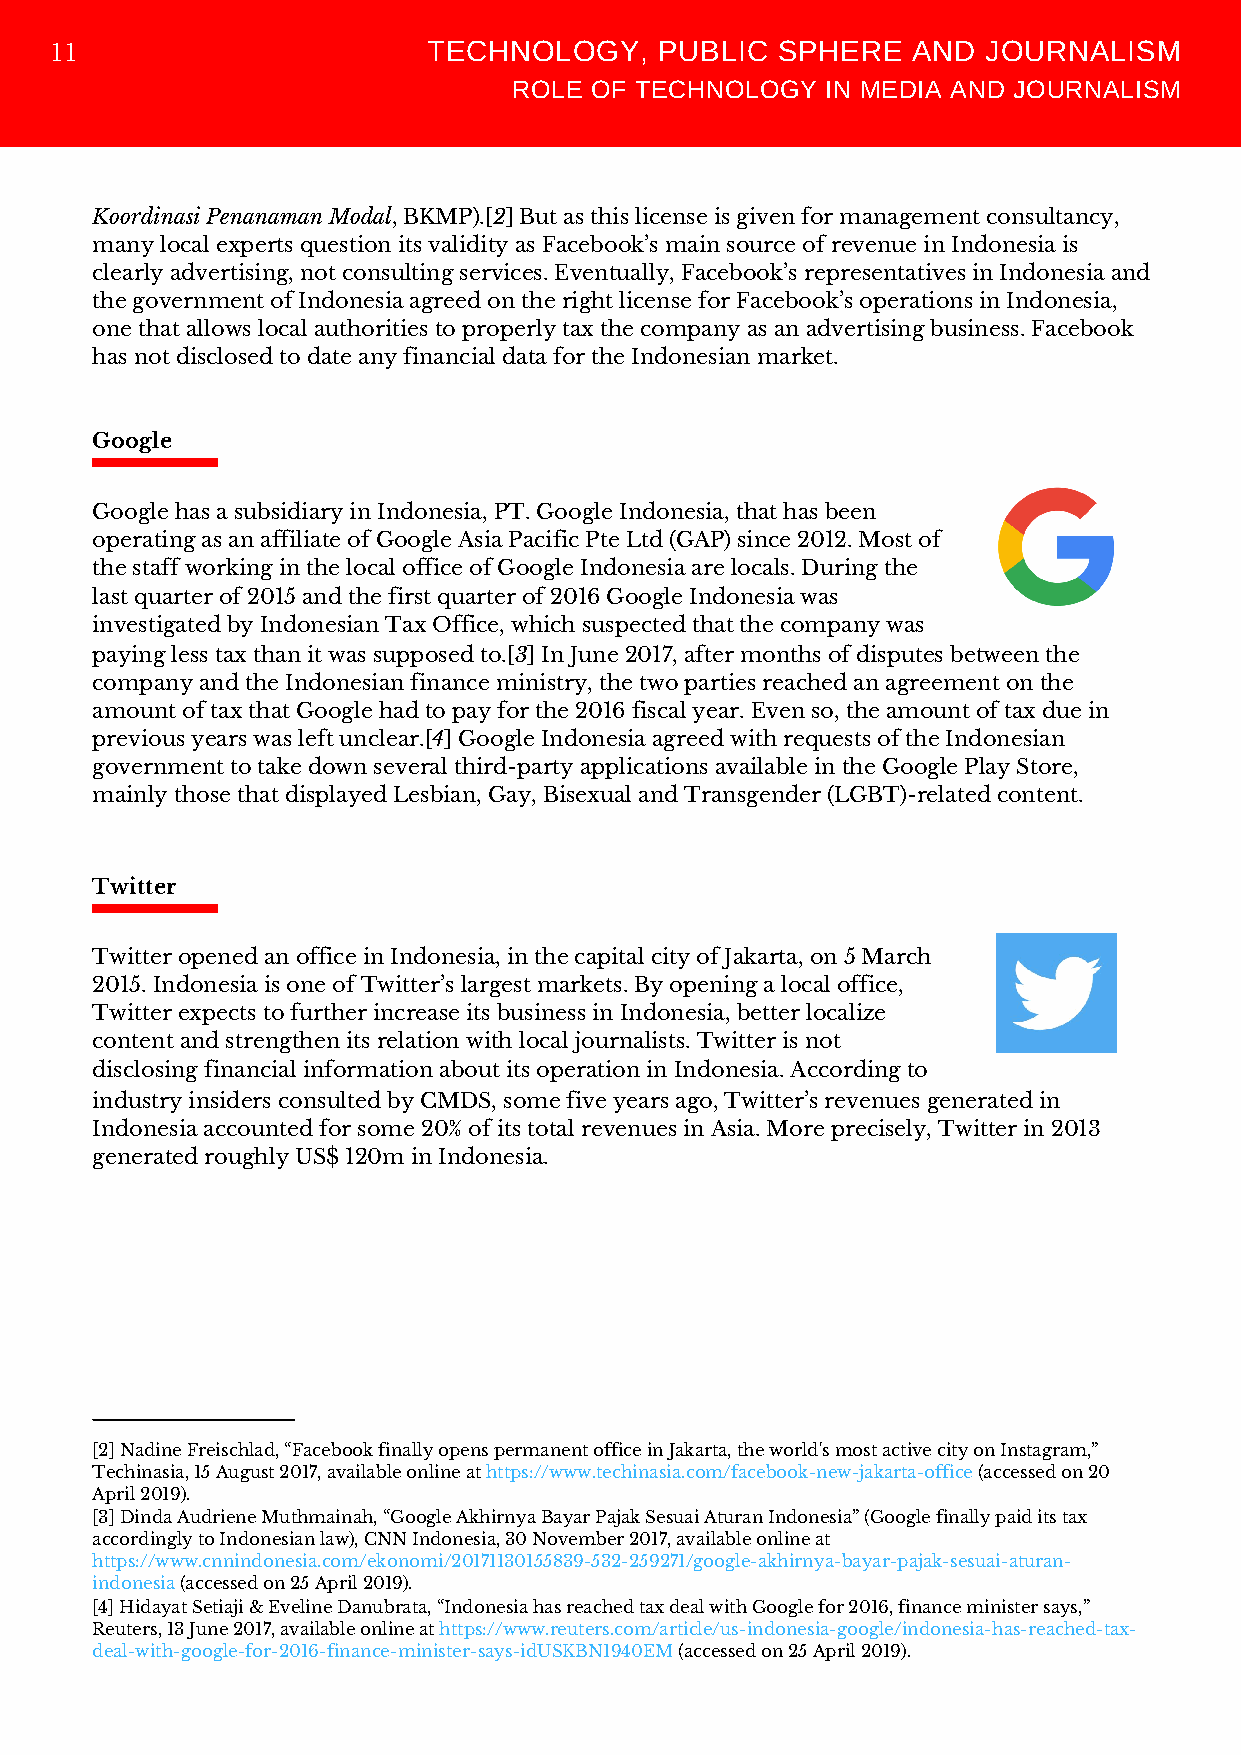
TECHNOLOGY,     PUBLIC SPHERE   AND  JOURNALISM
 11
 ROLE OF TECHNOLOGY   IN MEDIA AND JOURNALISM
 Koordinasi Penanaman Modal, BKMP).[2] But as this license is given for management consultancy,
 many local experts question its validity as Facebook’s main source of revenue in Indonesia is
 clearly advertising, not consulting services. Eventually, Facebook’s representatives in Indonesia and
 the government of Indonesia agreed on the right license for Facebook’s operations in Indonesia,
 one that allows local authorities to properly tax the company as an advertising business. Facebook
 has not disclosed to date any financial data for the Indonesian market.
 Google
 Google has a subsidiary in Indonesia, PT. Google Indonesia, that has been
 operating as an affiliate of Google Asia Pacific Pte Ltd (GAP) since 2012. Most of
 the staff working in the local office of Google Indonesia are locals. During the
 last quarter of 2015 and the first quarter of 2016 Google Indonesia was
 investigated by Indonesian Tax Office, which suspected that the company was
 paying less tax than it was supposed to.[3] In June 2017, after months of disputes between the
 company and the Indonesian finance ministry, the two parties reached an agreement on the
 amount of tax that Google had to pay for the 2016 fiscal year. Even so, the amount of tax due in
 previous years was left unclear.[4] Google Indonesia agreed with requests of the Indonesian
 government to take down several third-party applications available in the Google Play Store,
 mainly those that displayed Lesbian, Gay, Bisexual and Transgender (LGBT)-related content.
 Twitter
 Twitter opened an office in Indonesia, in the capital city of Jakarta, on 5 March
 2015. Indonesia is one of Twitter’s largest markets. By opening a local office,
 Twitter expects to further increase its business in Indonesia, better localize
 content and strengthen its relation with local journalists. Twitter is not
 disclosing financial information about its operation in Indonesia. According to
 industry insiders consulted by CMDS, some five years ago, Twitter’s revenues generated in
 Indonesia accounted for some 20% of its total revenues in Asia. More precisely, Twitter in 2013
 generated roughly US$ 120m in Indonesia.
 [2] Nadine Freischlad, “Facebook finally opens permanent office in Jakarta, the world's most active city on Instagram,”
 Techinasia, 15 August 2017, available online at https://www.techinasia.com/facebook-new-jakarta-office (accessed on 20
 April 2019).
 [3] Dinda Audriene Muthmainah, “Google Akhirnya Bayar Pajak Sesuai Aturan Indonesia” (Google finally paid its tax
 accordingly to Indonesian law), CNN Indonesia, 30 November 2017, available online at
 https://www.cnnindonesia.com/ekonomi/20171130155839-532-259271/google-akhirnya-bayar-pajak-sesuai-aturan-
 indonesia (accessed on 25 April 2019).
 [4] Hidayat Setiaji & Eveline Danubrata, “Indonesia has reached tax deal with Google for 2016, finance minister says,”
 Reuters, 13 June 2017, available online at https://www.reuters.com/article/us-indonesia-google/indonesia-has-reached-tax-
 deal-with-google-for-2016-finance-minister-says-idUSKBN1940EM (accessed on 25 April 2019).